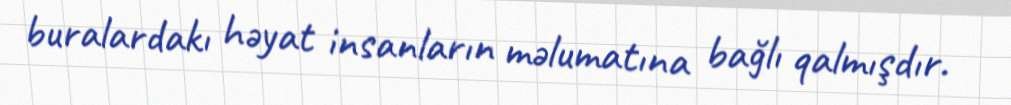
buralardakı həyat insanların məlumatına bağlı qalmışdır.